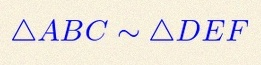
\triangle ABC\sim\triangle DEF